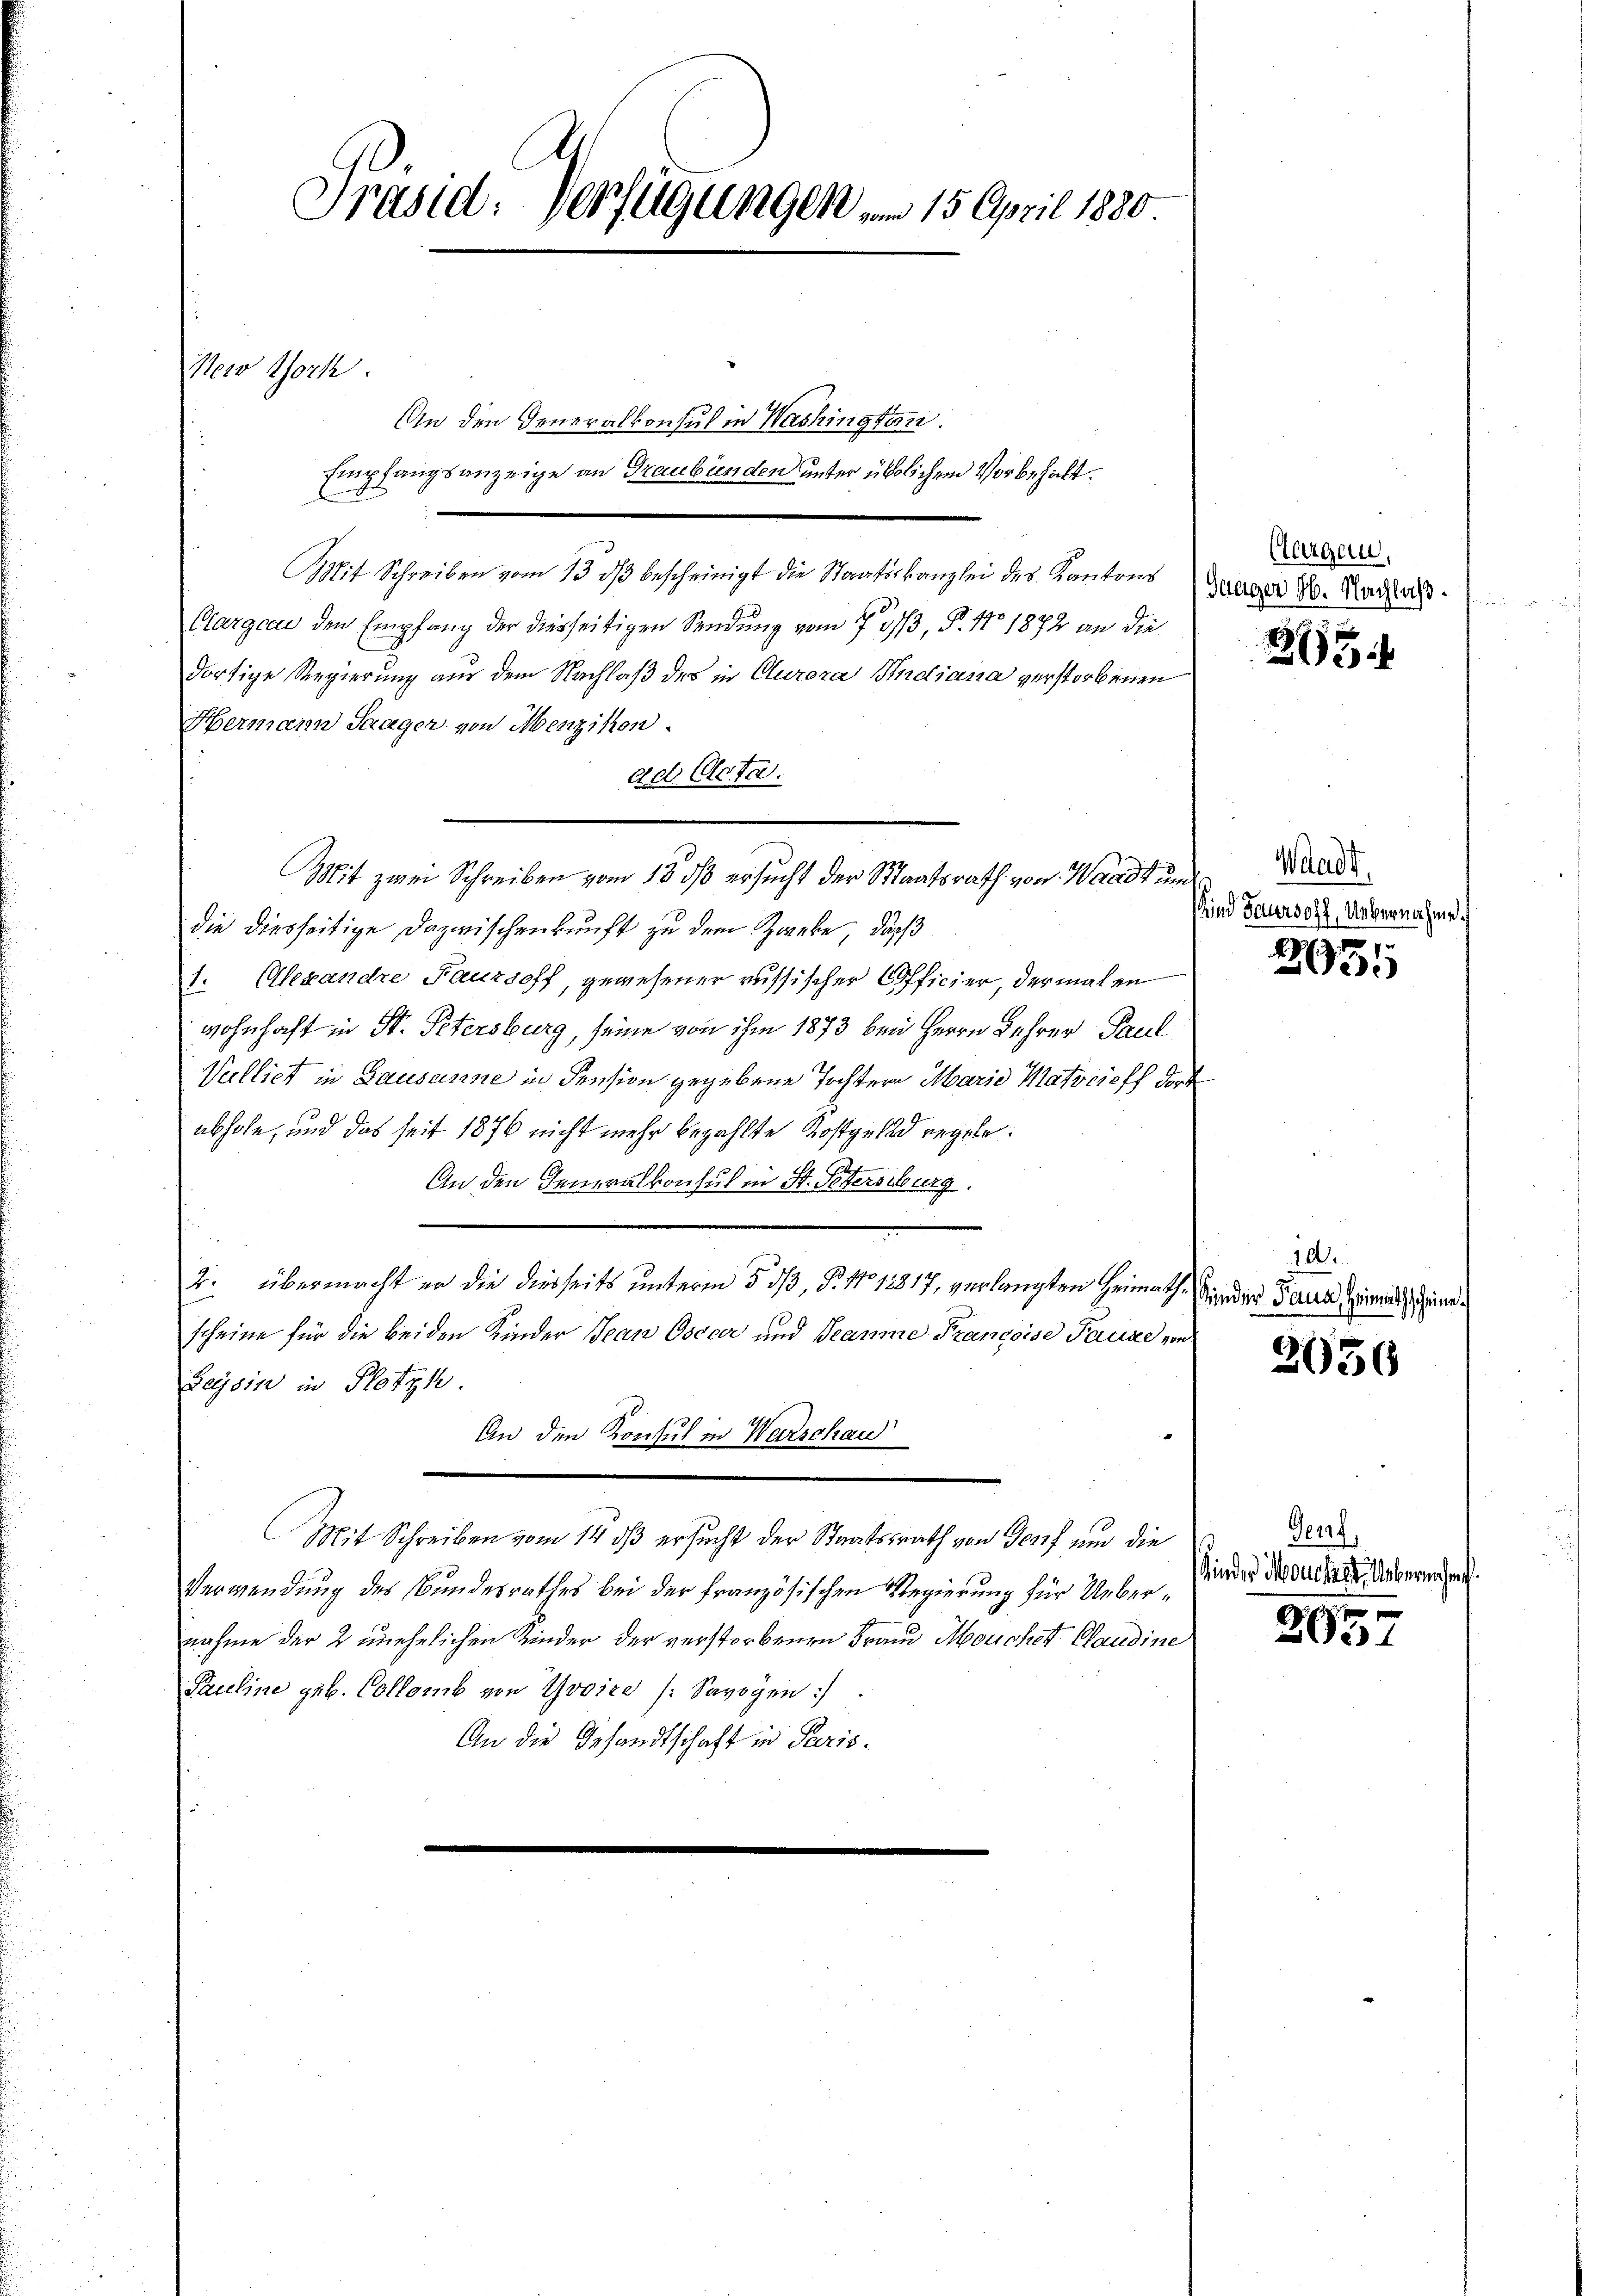
Präsid. Verfügungen vom 15. April 1880
Nero tork:

Mit Schreiben vom 13. dβ bescheinigt die Staatskanzlei des Kantons
Clargau den Empfang der diesseitigen Sendung vom 7. 373, P. No 1872 an die
dortige Regierung aus dem Nachlaß des in Curora Indiana verstorbenen
Hermann Saagen von Menzikon
ad Acta.
Mit zwei Schreiben vom 18. ds ersucht der Staatsrath von Waadt und
die diesseitige Dazwischenkunft zu dem Zweke, daß
1. Alexandre Fautsoff, gewesener russischer Officier, dermalen
wohnhaft in St. Petersburg, seine von ihm 1873 bei Herrn Lehrer Paul
Vulliet in Lausanne in Pension gegebene Tochtere Marie Matreich dort
abhole, und das seit 1876 nicht mehr bezahlte Kostgelad regeln:
An den Generalkonsul in St. Petersburg.
2. übermacht er die diesseits unterm 5. dß, P. Nr. 1217, verlangten Heimath sinder Paul Heimatscheine
scheine für die beiden Kinder Jean Osceer und Tramme Francoise Pause von
Beysin in Plotzk.
An den Konsul in Warschau
Mit Schreiben vom 14 dß ersucht der Staatsrath von Genf um die
Verwendung des Bundesrathes bei der französischen Regierung für Uebernahme der 2 unehelichen Kinder der verstorbenen Frau Mouchet Plaudine
Pauline geb. Collomb von Yvoire (Savoyen :/
An die Gesandtschaft in Paris.

An den Generalkonsul in Washingtan.
Empfangsanzeige an Graubünden unter üblichen Vorbehalt.

Aargau,
Fragen 16. Nachlaß

25

Waadt.
Kind Saursoff, Uebernahme.

230

10.

2956

Genf,
Kinder Moucher Uebernehmig

2957